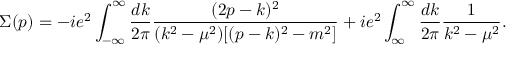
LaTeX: \Sigma ( p ) = - i e ^ { 2 } \int _ { - \infty } ^ { \infty } \frac { d k } { 2 \pi } \frac { ( 2 p - k ) ^ { 2 } } { ( k ^ { 2 } - \mu ^ { 2 } ) [ ( p - k ) ^ { 2 } - m ^ { 2 } ] } + i e ^ { 2 } \int _ { \infty } ^ { \infty } \frac { d k } { 2 \pi } \frac { 1 } { k ^ { 2 } - \mu ^ { 2 } } .